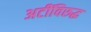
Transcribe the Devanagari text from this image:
अटींविरुद्ध